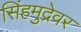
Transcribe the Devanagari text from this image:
सिंहमुद्रेवर